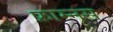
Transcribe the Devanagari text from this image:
फ्राम्नस